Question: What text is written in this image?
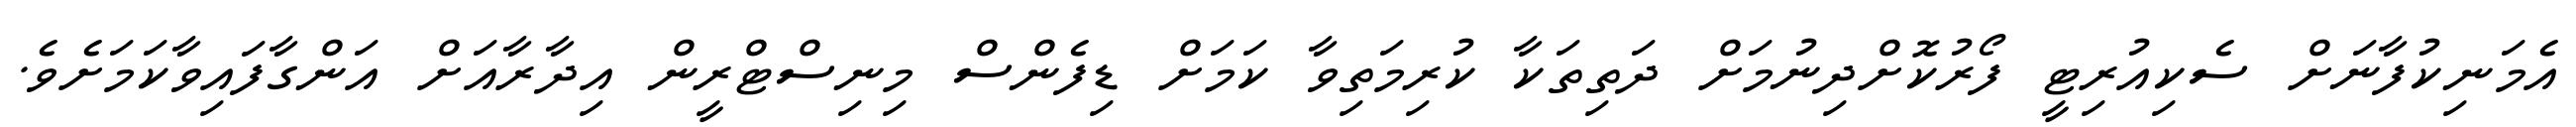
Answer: އެމަނިކުފާނަށް ސެކިއުރިޓީ ފޯރުކޮށްދިނުމަށް ދަތިތަކާ ކުރިމަތިވާ ކަމަށް ޑިފެންސް މިނިސްޓްރީން އިދާރާއަށް އަންގާފައިވާކަމަށެވެ.